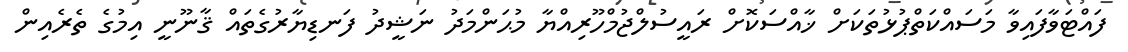
ފައްޓަވާފައިވާ މަސައްކަތްޕުޅުތަކަށް ޚާއްސަކޮށް ރައީސުލްޖުމްހޫރިއްޔާ މުޙަންމަދު ނަޝީދު ފަނޑިޔާރުގެތައް ޤާނޫނީ އިމުގެ ތެރެއިން